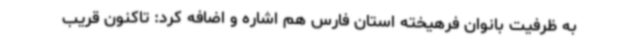
به ظرفیت بانوان فرهیخته استان فارس هم اشاره و اضافه کرد: تاکنون قریب